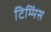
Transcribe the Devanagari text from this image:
टिम्मिंस